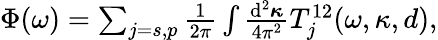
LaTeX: \begin{array}{r}{\Phi(\omega)=\sum_{j=s,p}\frac{1}{2\pi}\int\frac{\mathrm{d}^{2}\boldsymbol{\kappa}}{4\pi^{2}}T_{j}^{12}(\omega,\kappa,d),}\end{array}